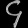
Digit: ၄